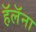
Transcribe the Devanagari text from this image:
हॅलॅना